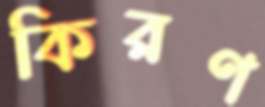
কিরণ